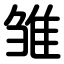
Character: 雏